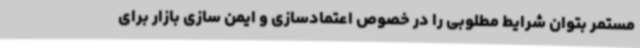
مستمر بتوان شرایط مطلوبی را در خصوص اعتمادسازی و ایمن سازی بازار برای